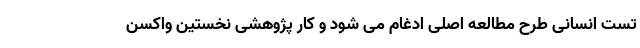
تست انسانی طرح مطالعه اصلی ادغام می شود و کار پژوهشی نخستین واکسن